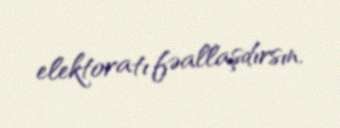
elektoratı fəallaşdırsın.